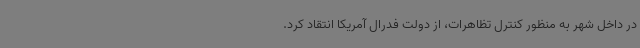
در داخل شهر به منظور کنترل تظاهرات، از دولت فدرال آمریکا انتقاد کرد.